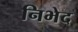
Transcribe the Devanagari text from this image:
निभेद